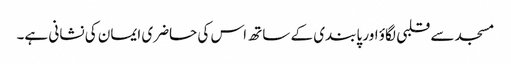
مسجد سے قلبی لگاؤ اور پابندی کے ساتھ اس کی حاضری ایمان کی نشانی ہے۔